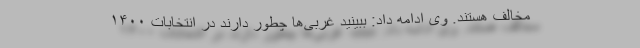
مخالف هستند. وی ادامه داد: ببینید غربی‌ها چطور دارند در انتخابات ۱۴۰۰